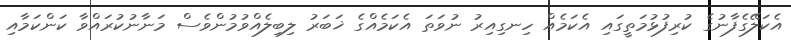
އެކަލޭގެފާނުގެ ކުރިފުޅުމަތީގައި އެކަމެއް ހިނގިއިރު ނުވަތަ އެކަމެއްގެ ޚަބަރު ލިބިލެއްވުމުންވެސް މަނާނުކުރައްވާ ކަންކަމާއި